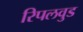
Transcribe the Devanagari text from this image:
रिपलवुड